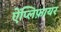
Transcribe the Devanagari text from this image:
ऐंप्लिफ़ायर